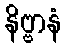
နိဗ္ဗာနံ